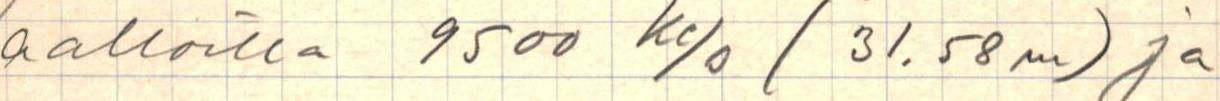
aalloilla 9500 Ke/s (31.58m) ja